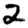
Digit: 2